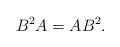
\begin{align*}B^2A=AB^2.\end{align*}